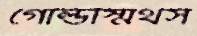
গোল্ডস্মিথস